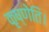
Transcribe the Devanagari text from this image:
कृष्णेति।